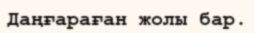
Даңғараған жолы бар.